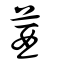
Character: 莤